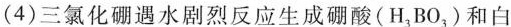
(4)三氯化硼遇水剧烈反应生成硼酸(H_{3}BO_{3})和白